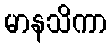
မာနသိကာ